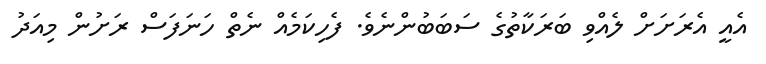
އެއީ އެރަށަށް ލެއްވި ބަރަކާތުގެ ސަބަބުންނެވެ. ފެހިކަމެއް ނެތް ހަނަފަސް ރަށުން މިއަދު